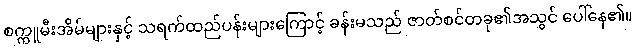
စက္ကူမီးအိမ်များနှင့် သရက်ထည်ပန်းများကြောင့် ခန်းမသည် ဇာတ်စင်တခု၏အသွင် ပေါ်နေ၏။